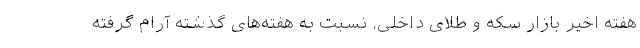
هفته اخیر بازار سکه و طلای داخلی، نسبت به هفته‌های گذشته آرام گرفته